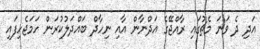
އަދި ދެ ވަނަ މެޗުގައި ރާއްޖޭގެ އަދްނާން އާއި ނިހާދް ބައްދަލުކުރަން ހަމަޖެހިފައި